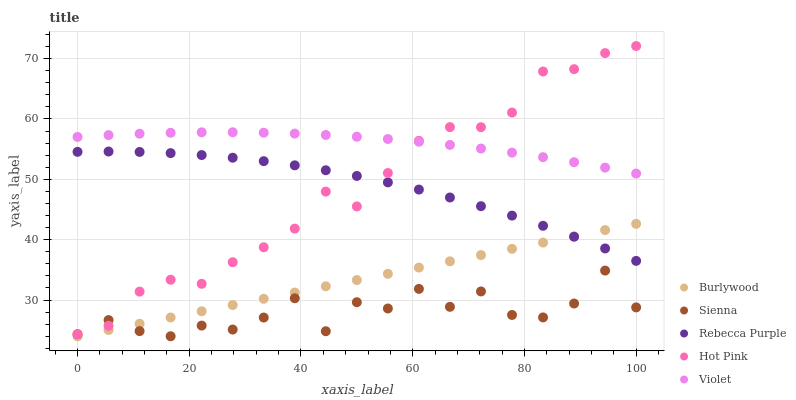
| xaxis_label | Burlywood | Sienna | Rebecca Purple | Hot Pink | Violet |
 | --- | --- | --- | --- | --- | --- |
 | 0 | 24 | 24.3 | 54.6 | 24.3 | 57 |
 | 5.56 | 25 | 26.7 | 54.6 | 25.7 | 57.3 |
 | 11.1 | 26.1 | 24.9 | 54.5 | 31.4 | 57.6 |
 | 16.7 | 27.1 | 24 | 54.3 | 33.4 | 57.7 |
 | 22.2 | 28.1 | 25.8 | 54 | 32.7 | 57.8 |
 | 27.8 | 29.2 | 25.1 | 53.6 | 36.3 | 57.8 |
 | 33.3 | 30.2 | 27.1 | 53 | 38.7 | 57.7 |
 | 38.9 | 31.2 | 30.3 | 52.3 | 41.8 | 57.6 |
 | 44.4 | 32.3 | 24.8 | 51.5 | 48 | 57.4 |
 | 50 | 33.3 | 29.6 | 50.6 | 45.5 | 57.1 |
 | 55.6 | 34.3 | 28.6 | 49.5 | 51 | 56.7 |
 | 61.1 | 35.4 | 31.8 | 48.3 | 56.4 | 56.2 |
 | 66.7 | 36.4 | 28.9 | 47 | 58.7 | 55.7 |
 | 72.2 | 37.5 | 31.4 | 45.5 | 58.6 | 55.1 |
 | 77.8 | 38.5 | 27.5 | 44 | 61.1 | 54.4 |
 | 83.3 | 39.5 | 27.1 | 42.3 | 67.9 | 53.7 |
 | 88.9 | 40.6 | 29.4 | 40.5 | 68.3 | 52.8 |
 | 94.4 | 41.6 | 34.9 | 38.5 | 70.9 | 51.9 |
 | 100 | 42.6 | 28.8 | 36.5 | 72.1 | 51 |